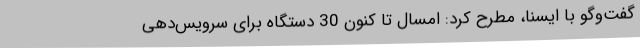
گفت‌وگو با ایسنا، مطرح کرد: امسال تا کنون 30 دستگاه برای سرویس‌دهی